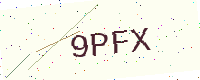
Text: 9PFX